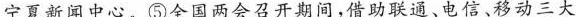
宁夏新闻中心。⑤全国两会召开期间，借助联通、电信、移动三大